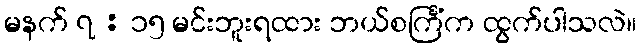
မနက် ၇ : ၁၅ မင်းဘူးရထား ဘယ်စင်္ကြံက ထွက်ပါသလဲ။